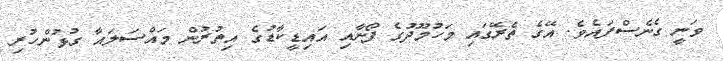
ވަނީ ގެނެސްފައެވެ. އޭގެ ތެރޭގައި މަހުމޫދުގެ ފޯނާއި އައިޑީކާޑުގެ އިތުރުން މައްސަލައާ ގުޅުންހުރި